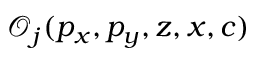
\mathcal { O } _ { j } ( p _ { x } , p _ { y } , z , x , c )